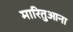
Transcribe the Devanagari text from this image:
मारितुआना